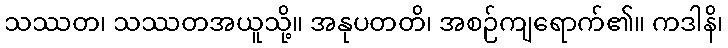
သဿတ၊ သဿတအယူသို့။ အနုပတတိ၊ အစဉ်ကျရောက်၏။ ကဒါနိ၊